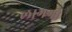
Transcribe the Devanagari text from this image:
लागगो